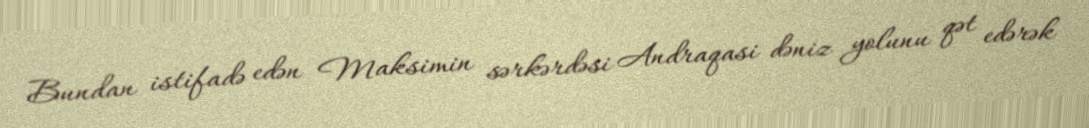
Bundan istifadə edən Maksimin sərkərdəsi Andraqasi dəniz yolunu qət edərək